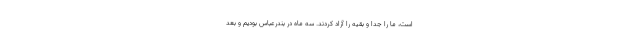
است، ما را جدا و بقیه را آزاد کردند. سه ماه در بندرعباس بودیم و بعد